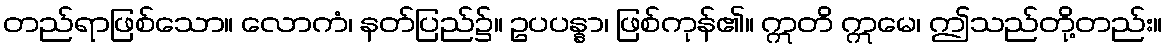
တည်ရာဖြစ်သော။ လောကံ၊ နတ်ပြည်၌။ ဥပပန္နာ၊ ဖြစ်ကုန်၏။ ဣတိ ဣမေ၊ ဤသည်တို့တည်း။